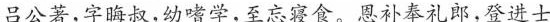
吕公著，字晦叔，幼嗜学，至忘寝食。恩补奉礼郎，登进士